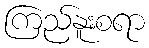
ကြည်နူးစရာ